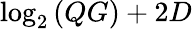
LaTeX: \log_{2}{(QG)}+2D